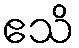
ဧသိ